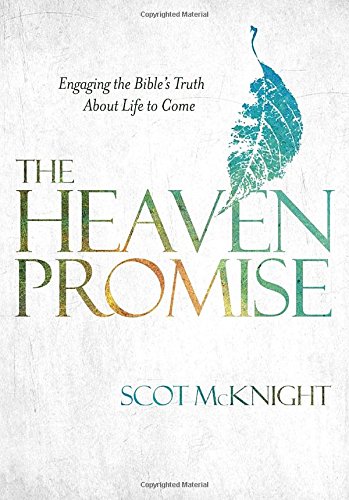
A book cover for The Heaven Promise: Engaging the Bible's Truth About Life to Come; Scot McKnight; Christian Books & Bibles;